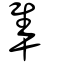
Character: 隼